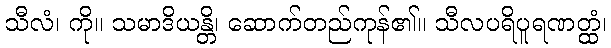
သီလံ၊ ကို။ သမာဒိယန္တိ၊ ဆောက်တည်ကုန်၏။ သီလပရိပူရဏတ္ထံ၊